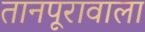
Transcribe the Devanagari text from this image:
तानपूरावाला